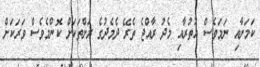
ކަމަށާއި ނަމަވެސް އުތުރާއި މެދު ރާއްޖެ ތެރޭ ދެމެދުގެ ރަށްތަކަށް ކޮންމެވެސް ވަރަކަށް